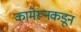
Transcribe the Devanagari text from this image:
कामेरूनकडून